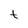
Character: t